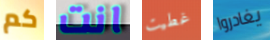
كم انت غطيت يغادروا